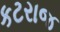
કટરાજ